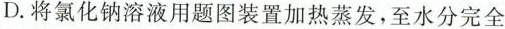
D.将氯化钠溶液用题图装置加热蒸发，至水分完全